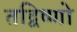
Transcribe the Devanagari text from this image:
तद्विष्णो